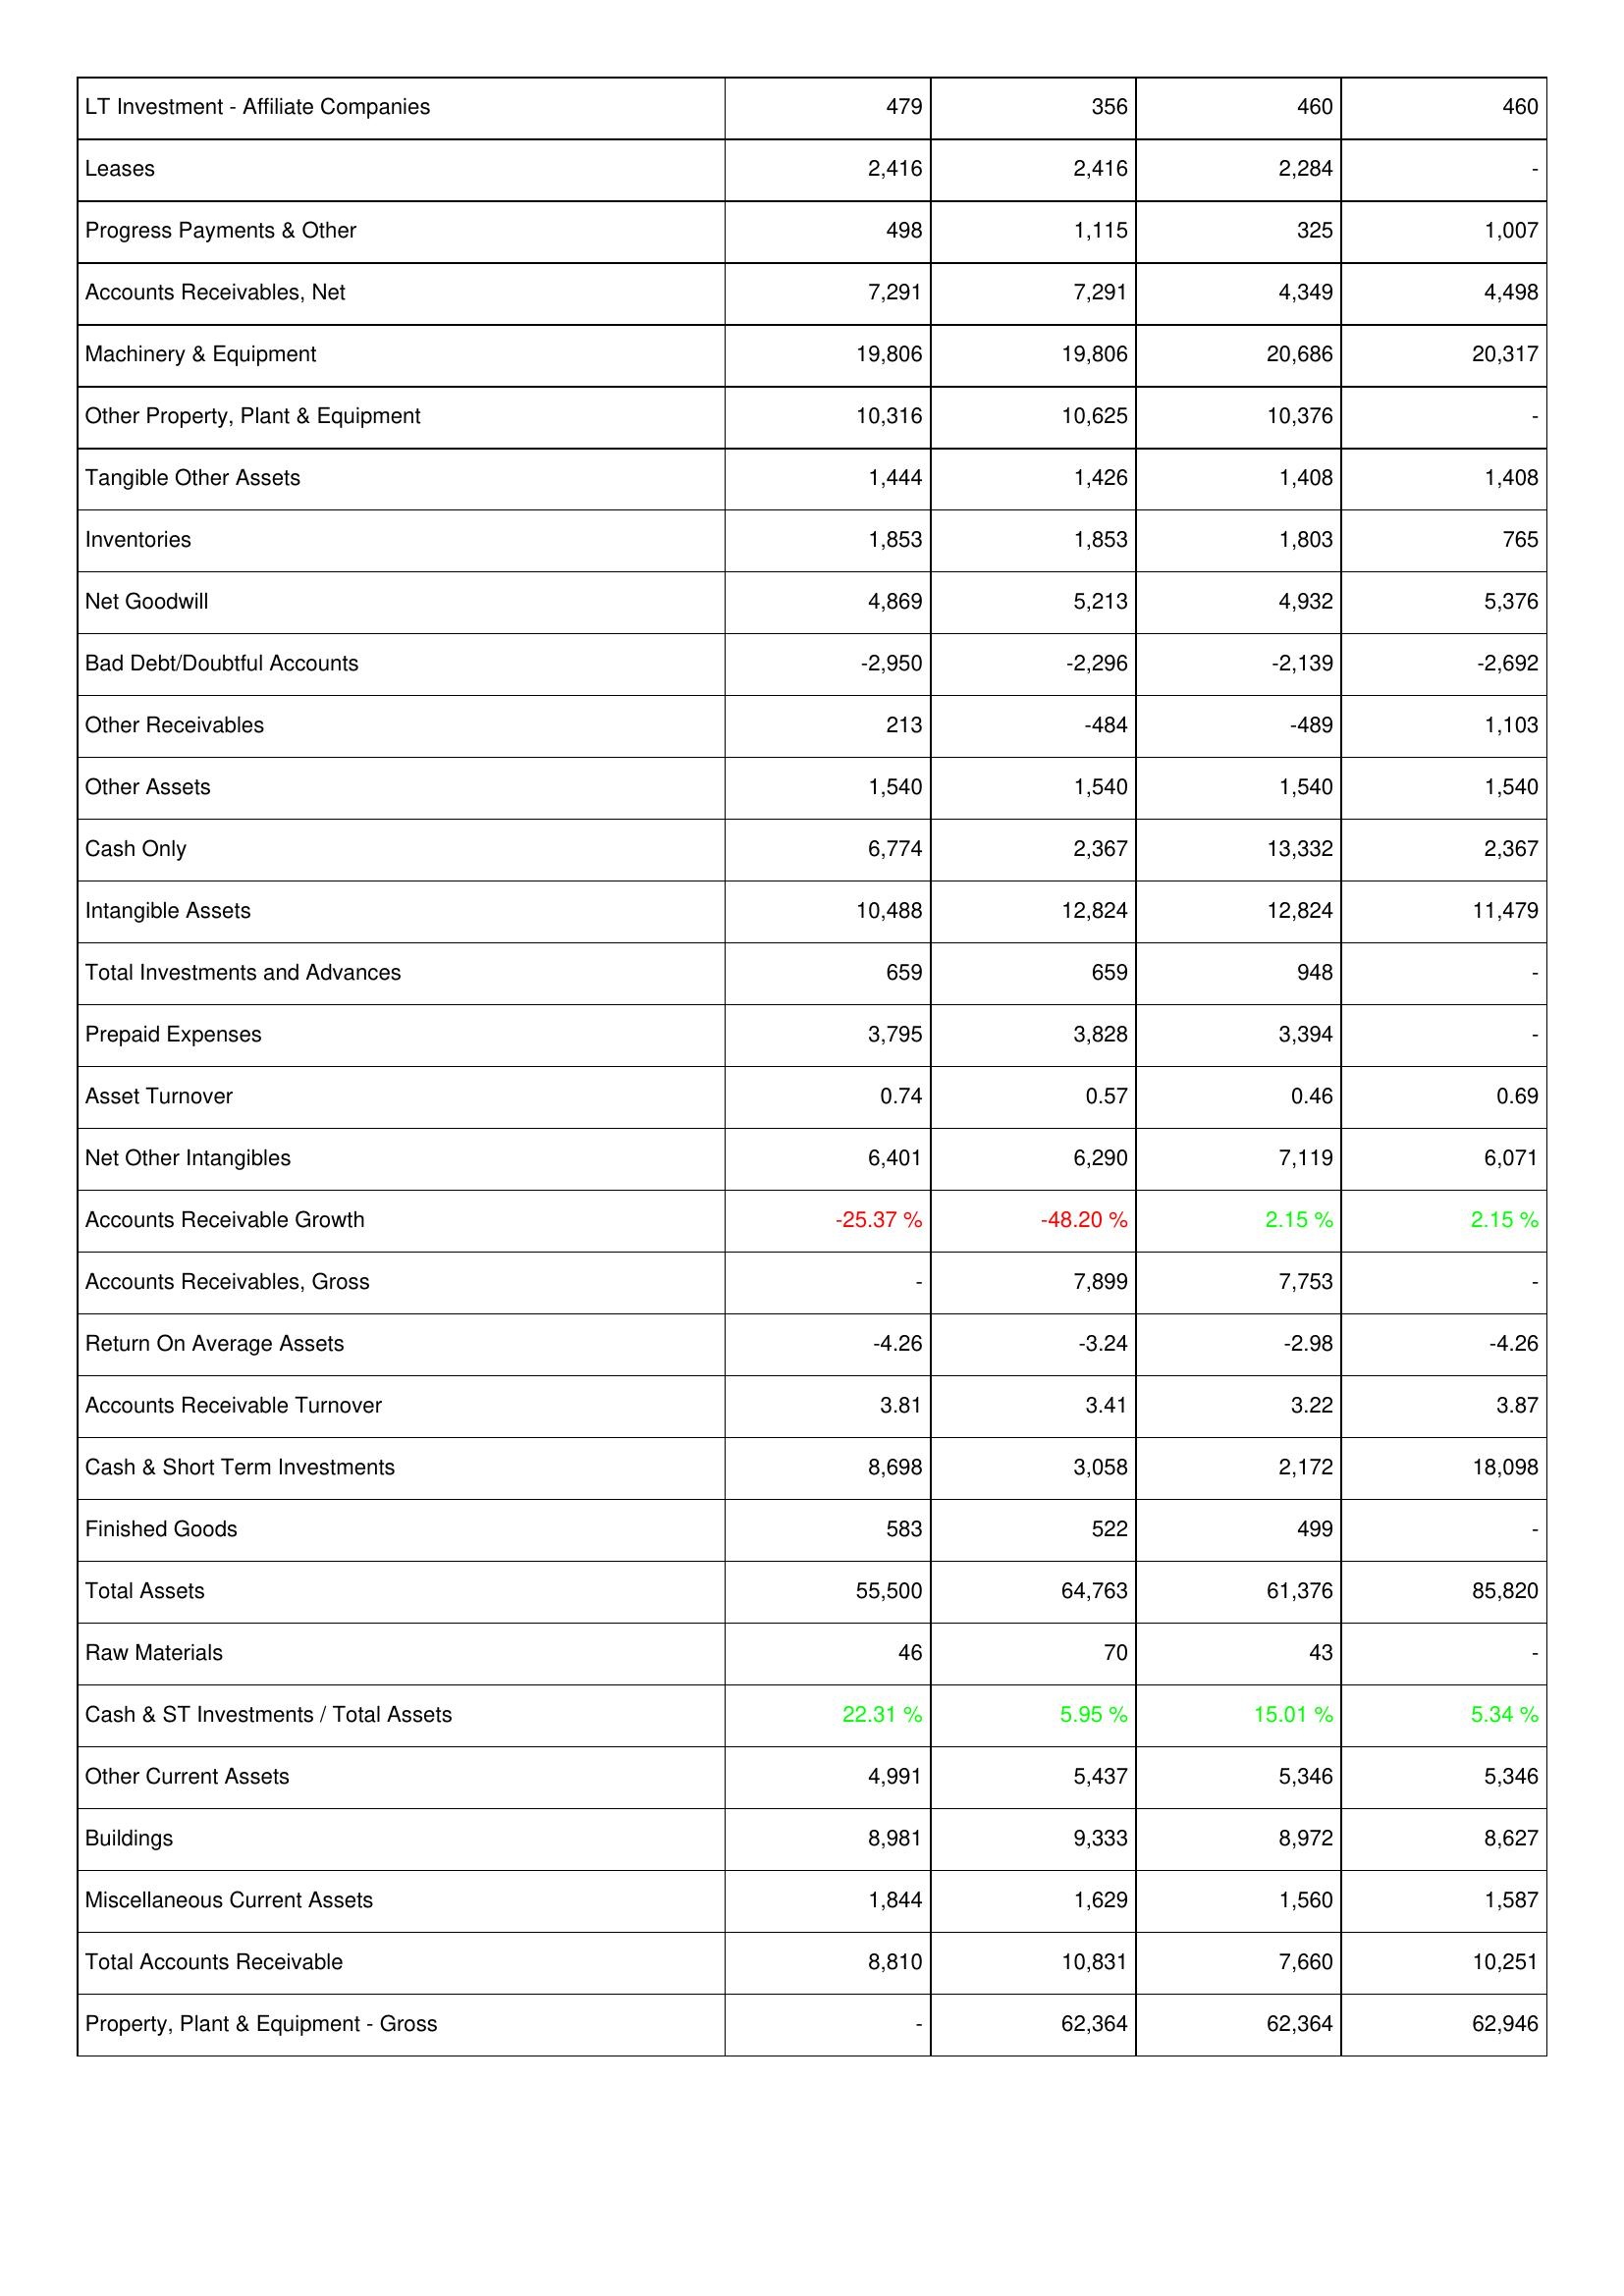
2021: Assets: LT Investment - Affiliate Companies: 479
Leases: 2,416
Progress Payments & Other: 498
Accounts Receivables, Net: 7,291
Machinery & Equipment: 19,806
Other Property, Plant & Equipment: 10,316
Tangible Other Assets: 1,444
Inventories: 1,853
Net Goodwill: 4,869
Bad Debt/Doubtful Accounts: -2,950
Other Receivables: 213
Other Assets: 1,540
Cash Only: 6,774
Intangible Assets: 10,488
Total Investments and Advances: 659
Prepaid Expenses: 3,795
Asset Turnover: 0.74
Net Other Intangibles: 6,401
Accounts Receivable Growth: -25.37 %
Accounts Receivables, Gross: -
Return On Average Assets: -4.26
Accounts Receivable Turnover: 3.81
Cash & Short Term Investments: 8,698
Finished Goods: 583
Total Assets: 55,500
Raw Materials: 46
Cash & ST Investments / Total Assets: 22.31 %
Other Current Assets: 4,991
Buildings: 8,981
Miscellaneous Current Assets: 1,844
Total Accounts Receivable: 8,810
Property, Plant & Equipment - Gross: -
2022: Assets: LT Investment - Affiliate Companies: 356
Leases: 2,416
Progress Payments & Other: 1,115
Accounts Receivables, Net: 7,291
Machinery & Equipment: 19,806
Other Property, Plant & Equipment: 10,625
Tangible Other Assets: 1,426
Inventories: 1,853
Net Goodwill: 5,213
Bad Debt/Doubtful Accounts: -2,296
Other Receivables: -484
Other Assets: 1,540
Cash Only: 2,367
Intangible Assets: 12,824
Total Investments and Advances: 659
Prepaid Expenses: 3,828
Asset Turnover: 0.57
Net Other Intangibles: 6,290
Accounts Receivable Growth: -48.20 %
Accounts Receivables, Gross: 7,899
Return On Average Assets: -3.24
Accounts Receivable Turnover: 3.41
Cash & Short Term Investments: 3,058
Finished Goods: 522
Total Assets: 64,763
Raw Materials: 70
Cash & ST Investments / Total Assets: 5.95 %
Other Current Assets: 5,437
Buildings: 9,333
Miscellaneous Current Assets: 1,629
Total Accounts Receivable: 10,831
Property, Plant & Equipment - Gross: 62,364
2023: Assets: LT Investment - Affiliate Companies: 460
Leases: 2,284
Progress Payments & Other: 325
Accounts Receivables, Net: 4,349
Machinery & Equipment: 20,686
Other Property, Plant & Equipment: 10,376
Tangible Other Assets: 1,408
Inventories: 1,803
Net Goodwill: 4,932
Bad Debt/Doubtful Accounts: -2,139
Other Receivables: -489
Other Assets: 1,540
Cash Only: 13,332
Intangible Assets: 12,824
Total Investments and Advances: 948
Prepaid Expenses: 3,394
Asset Turnover: 0.46
Net Other Intangibles: 7,119
Accounts Receivable Growth: 2.15 %
Accounts Receivables, Gross: 7,753
Return On Average Assets: -2.98
Accounts Receivable Turnover: 3.22
Cash & Short Term Investments: 2,172
Finished Goods: 499
Total Assets: 61,376
Raw Materials: 43
Cash & ST Investments / Total Assets: 15.01 %
Other Current Assets: 5,346
Buildings: 8,972
Miscellaneous Current Assets: 1,560
Total Accounts Receivable: 7,660
Property, Plant & Equipment - Gross: 62,364
2024: Assets: LT Investment - Affiliate Companies: 460
Leases: -
Progress Payments & Other: 1,007
Accounts Receivables, Net: 4,498
Machinery & Equipment: 20,317
Other Property, Plant & Equipment: -
Tangible Other Assets: 1,408
Inventories: 765
Net Goodwill: 5,376
Bad Debt/Doubtful Accounts: -2,692
Other Receivables: 1,103
Other Assets: 1,540
Cash Only: 2,367
Intangible Assets: 11,479
Total Investments and Advances: -
Prepaid Expenses: -
Asset Turnover: 0.69
Net Other Intangibles: 6,071
Accounts Receivable Growth: 2.15 %
Accounts Receivables, Gross: -
Return On Average Assets: -4.26
Accounts Receivable Turnover: 3.87
Cash & Short Term Investments: 18,098
Finished Goods: -
Total Assets: 85,820
Raw Materials: -
Cash & ST Investments / Total Assets: 5.34 %
Other Current Assets: 5,346
Buildings: 8,627
Miscellaneous Current Assets: 1,587
Total Accounts Receivable: 10,251
Property, Plant & Equipment - Gross: 62,946